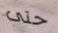
حتى